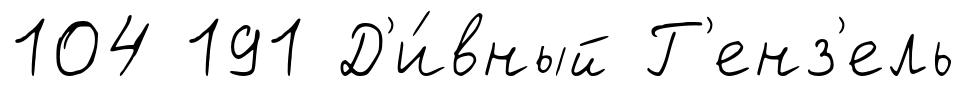
104 191 Д'и́вный Г'енз'ель